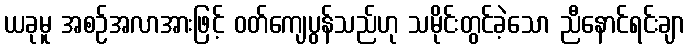
ယခုမူ အစဉ်အလာအားဖြင့် ဝတ်ကျေပွန်သည်ဟု သမိုင်းတွင်ခဲ့သော ညီနောင်ရင်းချာ